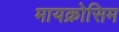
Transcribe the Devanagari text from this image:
मायक्रोसिम